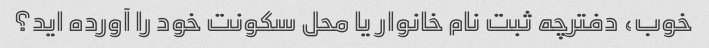
خوب، دفترچه ثبت نام خانوار یا محل سکونت خود را آورده اید؟